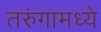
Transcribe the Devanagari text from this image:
तरुंगामध्ये